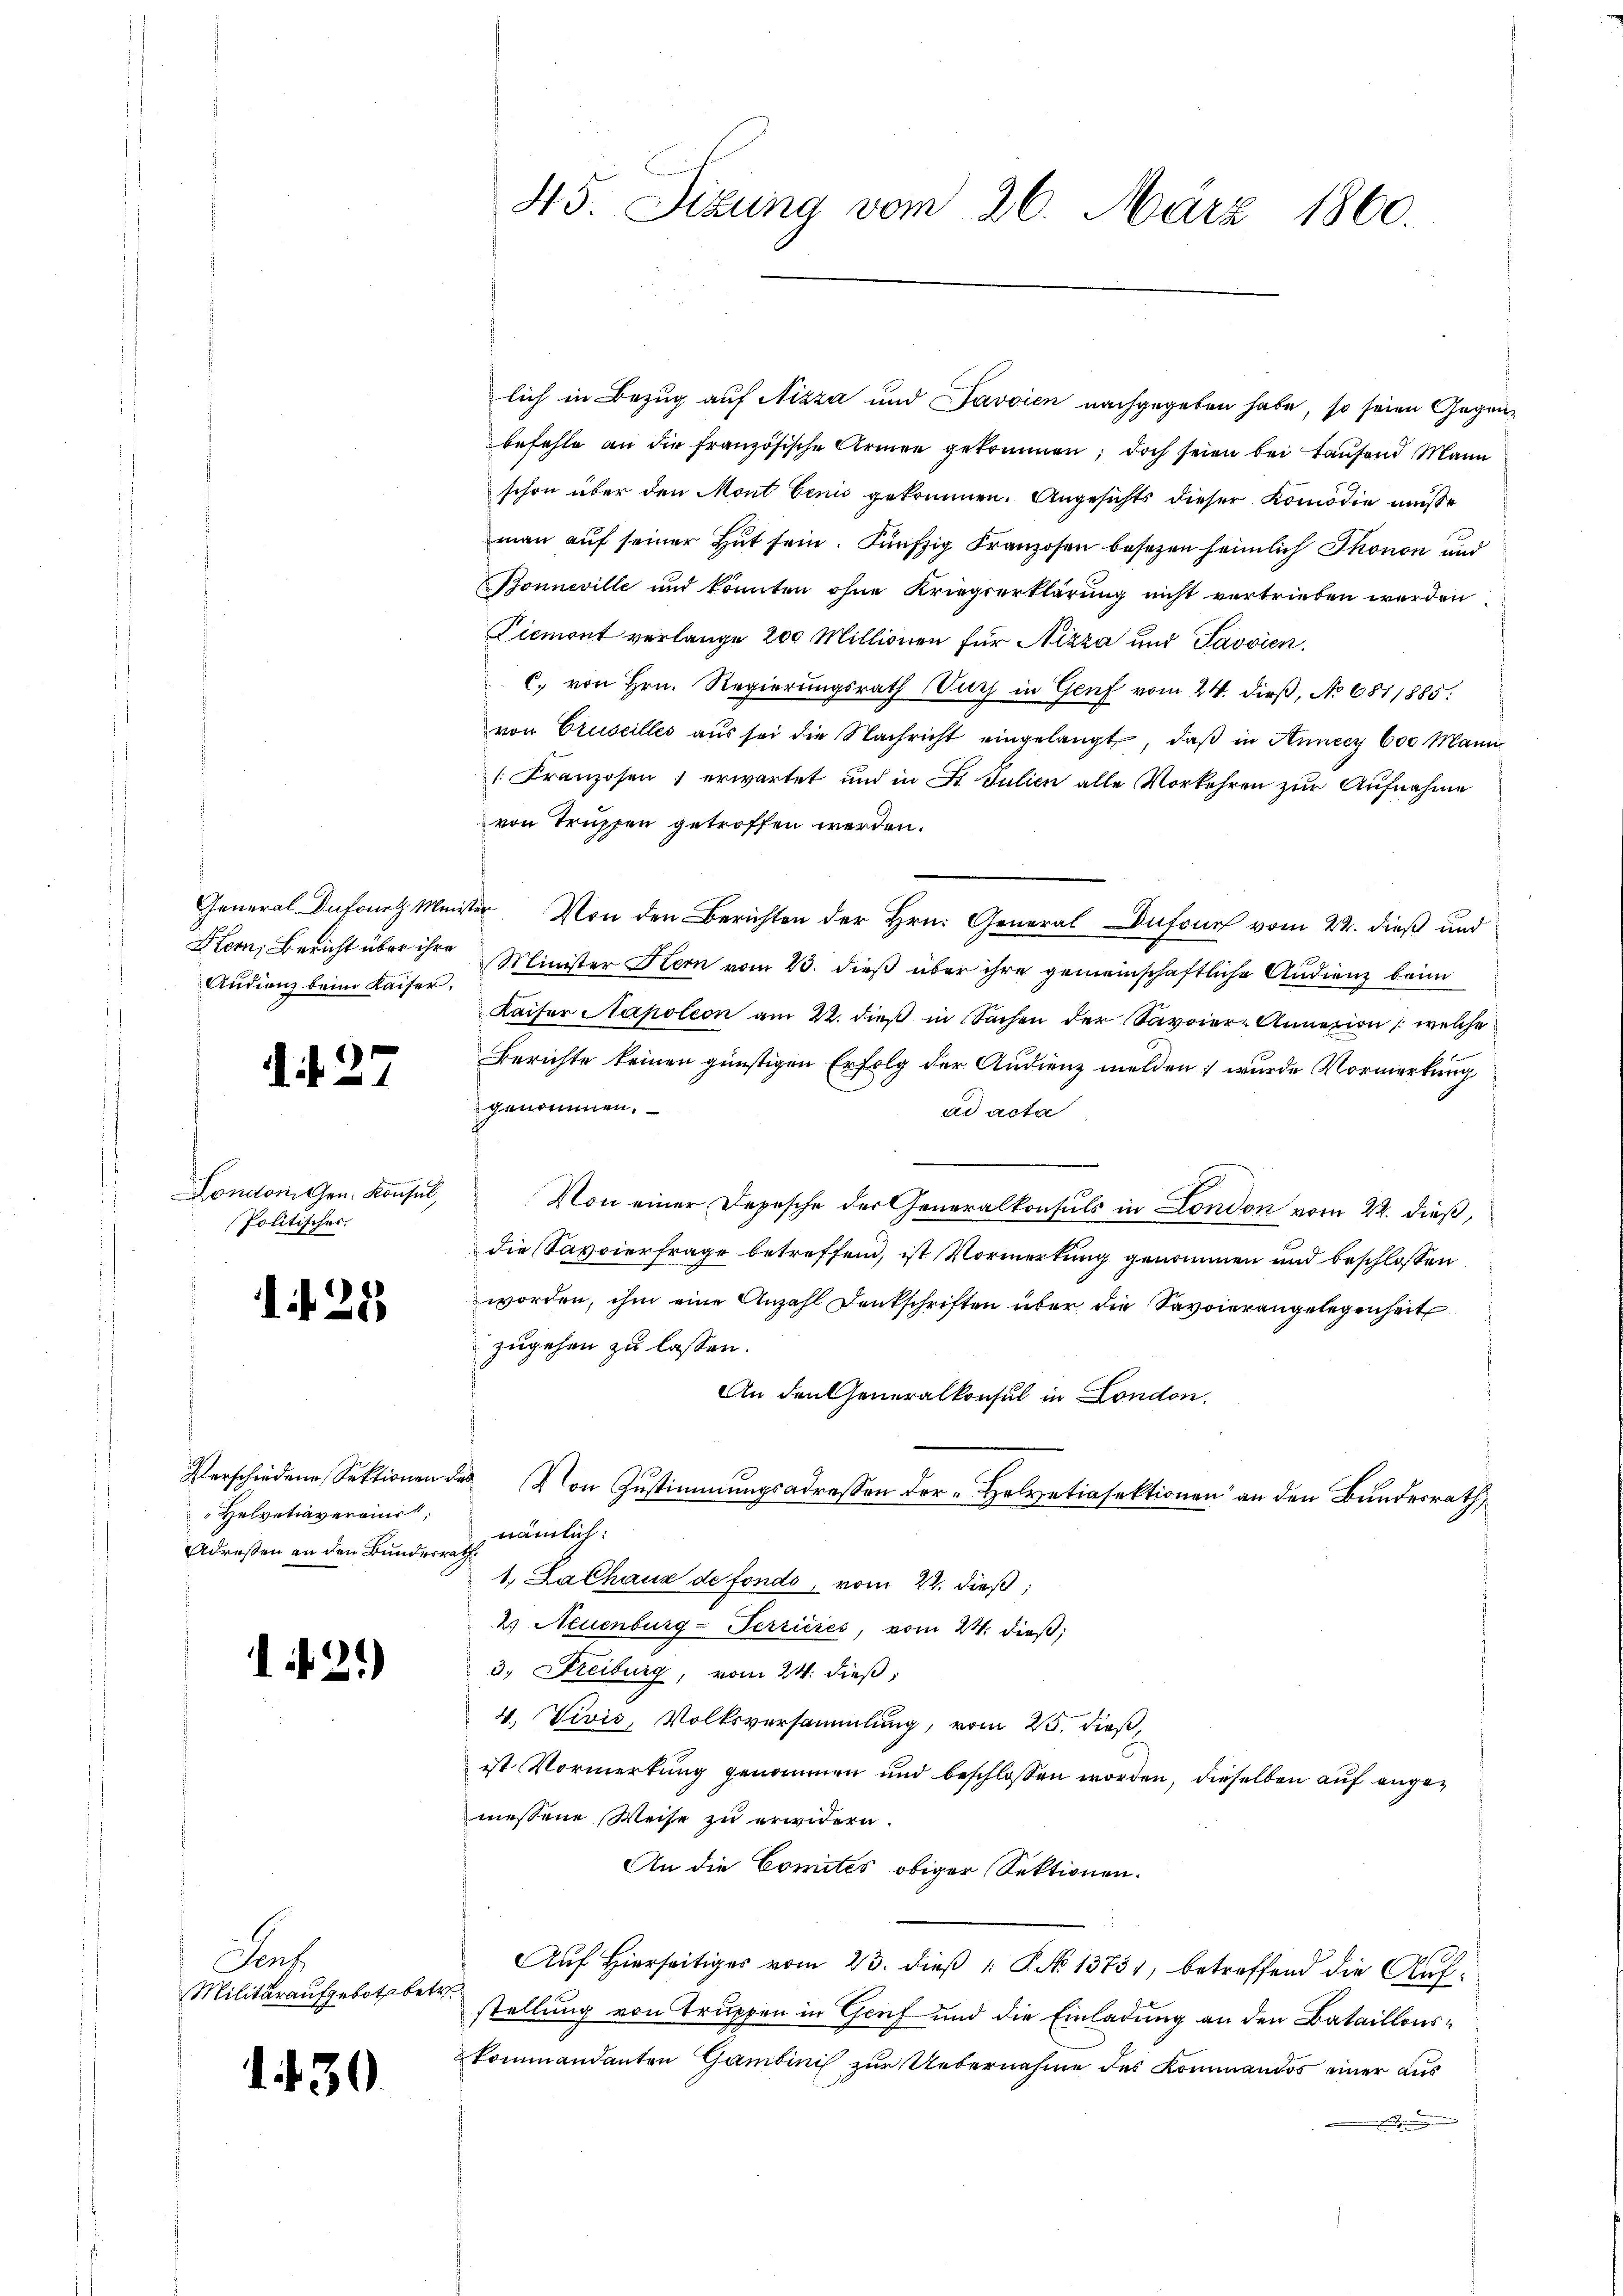
Audienz beim Kaiser.

d. d. 27.

Londonigen. Konsul,
Politischer.

1 f 25

Helvetiavereins,
Adressen an den Bundesrath.

121)

Sons
Militäraufgebote betr.

1430.

befehle an die französische Armen gekommen; doch seien bei Hausend Mann
schon über den Mont benis gekommen. Angesichts dieser Komödie müße
man auf seiner Hut sein. Fünfzig Franzosen besetzen heimlich Thonon und
Bonneville und könnten ohne Kriegserklärung nicht vertrieben werden
Diemont verlange 200 Millionen für Nizza und Javvien.
C. von Hrn. Regierungsrath Dich in Genf vom 24. dieβ, No 6811885.
von Gruseilles aus sei die Nachricht eingelangt, daß in Annecz 600 Mann
[Franzosen erwartet und in St. Julien alle Vorkehren zur Aufnahme
von Truppen getroffen werden.
General Dufourg Minister Von den Berichten der Hrn. General-Dufours vom 22. dieß und
Hern, Bericht über ihre Minister Hern vom 23. dieß über ihre gemeinschaftliche Audienz beim
Kaiser Napoleon am 22. dieß in Sachen der Savoier-Annazion (welche
Berichte keinen günstigen Erfolg der Audienz melden wurde Vormerkung
genommen.
ad acta
Von einer Depesche der Generalkonsuls in London vom 22. dieß,
die Savoierfrage betreffend, ist Vormerkung genommen und beschlossen
worden, ihm eine Anzahl Dankschriften über die Savoierangelegenheit
zugehen zu lassen.
An den Generalkonsul in London.
Verschiedene Sektionen des von Zŭstimmungsadressen der Helvetiasektionen an den Bundesrath
nämlich:
1. La Chaus de fondo, vom 22. dieß,
2) Neuenburg-Terrieres, vom 24. dieß,
3, Freiburg, vom 24. dieß,
4. Vivis, Volksversammlung, vom 25. dieß,
ist Vormerkung genommen und beschlossen worden, dieselben auf angemessene Weise zu erwidern.
An die Comités obiger Sektionen.
Auf Hierseitiges vom 23. dieß P. No 13731, betreffend die Aufstellung von Truppen in Genf und die Einladung an den Bataillonskommandanten Gambinis zur Uebernahme des Kommandos einer aus
t

45. Sizung vom 26. März 1860.

lich in Bezug auf Nizza und Javvien nachgegeben habe, so seien Gegen¬